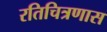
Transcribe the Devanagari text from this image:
रतिचित्रणास